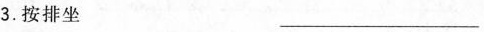
3.按排坐 ___